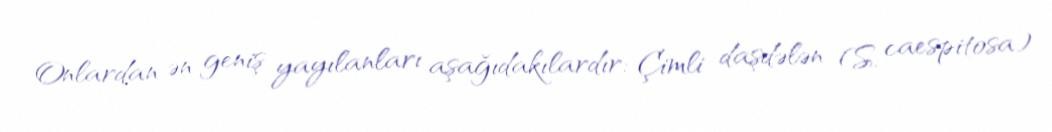
Onlardan ən geniş yayılanları aşağıdakılardır: Çimli daşdələn (S. caespitosa)